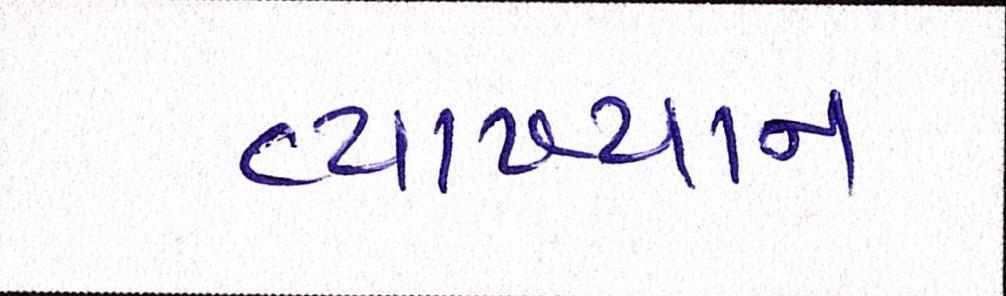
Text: વ્યાખ્યાન